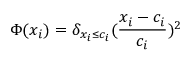
\Phi ( x _ { i } ) = \delta _ { x _ { i } \le c _ { i } } ( \frac { x _ { i } - c _ { i } } { c _ { i } } ) ^ { 2 }